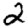
Digit: 2